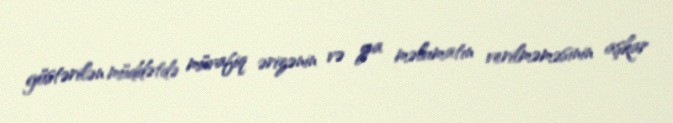
göstərilən müddətdə müvafiq ərizənin və ya məlumatın verilməməsinin aşkar